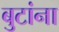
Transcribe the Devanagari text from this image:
बुटांना